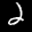
Label: 2